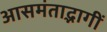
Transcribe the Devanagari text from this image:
आसमंताद्भागीं